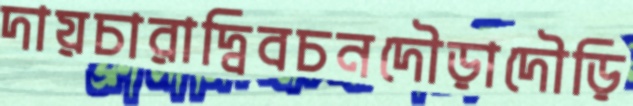
দায়চারাদ্বিবচনদৌড়াদৌড়ি